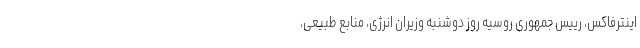
اینترفاکس، رییس جمهوری روسیه روز دوشنبه وزیران انرژی، منابع طبیعی،